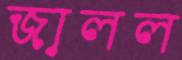
জালল